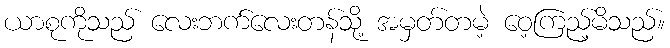
ယာစုကိုသည် လေးဘက်လေးတန်သို့ အမှတ်တမဲ့ ဝေ့ကြည့်မိသည်။